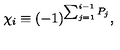
\chi _ { i } \equiv ( - 1 ) ^ { \sum _ { j = 1 } ^ { i - 1 } P _ { j } } ,